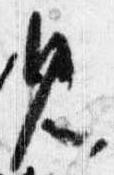
見